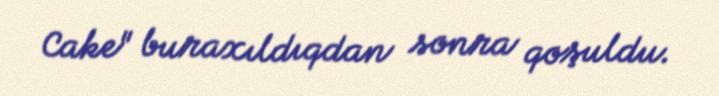
Cake" buraxıldıqdan sonra qoşuldu.